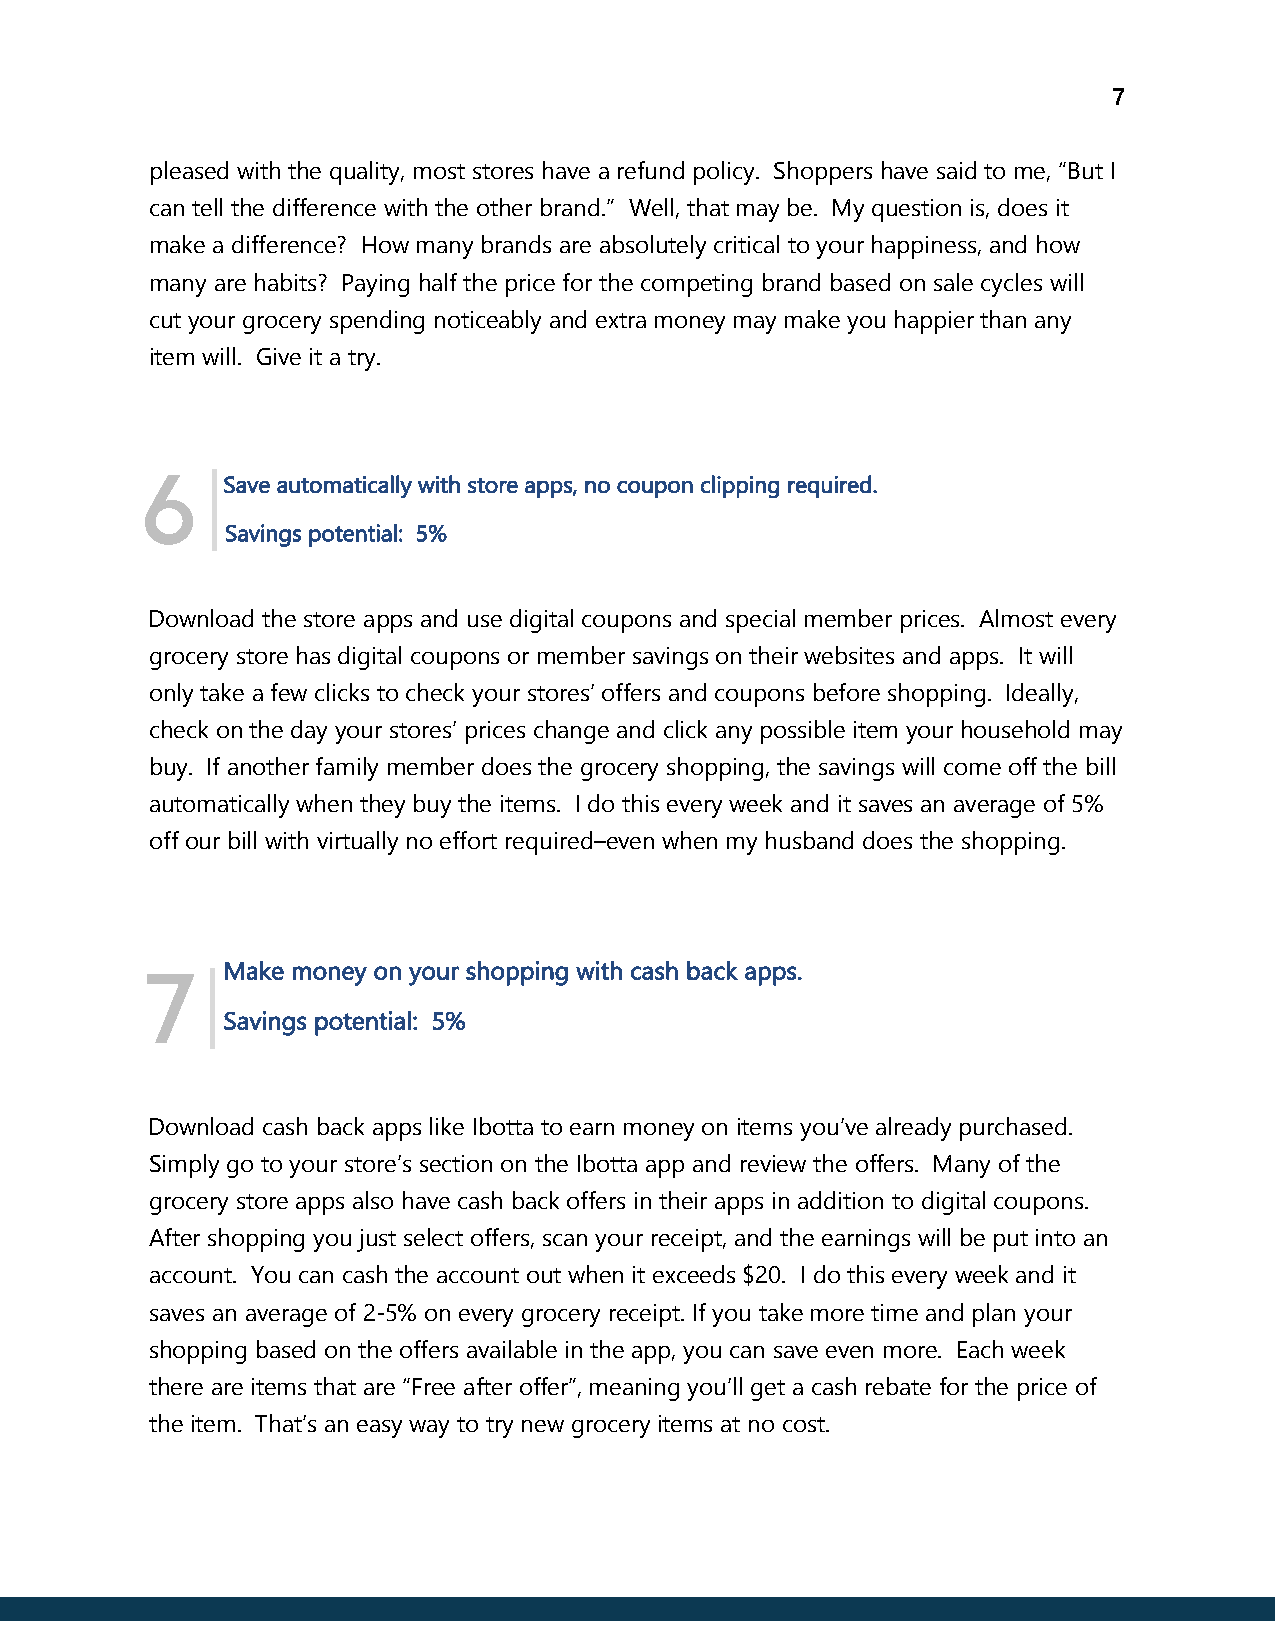
7
 pleased with the quality, most stores have a refund policy. Shoppers have said to me, “But I
 can tell the difference with the other brand.” Well, that may be. My question is, does it
 make a difference? How many brands are absolutely critical to your happiness, and how
 many are habits? Paying half the price for the competing brand based on sale cycles will
 cut your grocery spending noticeably and extra money may make you happier than any
 item will. Give it a try.
 |
 6     S ave automatically with store apps, no coupon clipping required.
 Savings potential: 5%
 Download the store apps and use digital coupons and special member prices. Almost every
 grocery store has digital coupons or member savings on their websites and apps. It will
 only take a few clicks to check your stores’ offers and coupons before shopping. Ideally,
 check on the day your stores’ prices change and click any possible item your household may
 buy. If another family member does the grocery shopping, the savings will come off the bill
 automatically when they buy the items. I do this every week and it saves an average of 5%
 off our bill with virtually no effort required–even when my husband does the shopping.
 |Make money on your shopping with cash back apps.
 7
 Savings potential: 5%
 Download cash back apps like Ibotta to earn money on items you’ve already purchased.
 Simply go to your store’s section on the Ibotta app and review the offers. Many of the
 grocery store apps also have cash back offers in their apps in addition to digital coupons.
 After shopping you just select offers, scan your receipt, and the earnings will be put into an
 account. You can cash the account out when it exceeds $20. I do this every week and it
 saves an average of 2-5% on every grocery receipt. If you take more time and plan your
 shopping based on the offers available in the app, you can save even more. Each week
 there are items that are “Free after offer”, meaning you’ll get a cash rebate for the price of
 the item. That’s an easy way to try new grocery items at no cost.